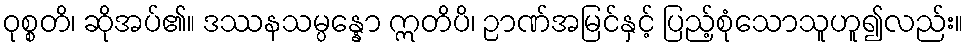
ဝုစ္စတိ၊ ဆိုအပ်၏။ ဒဿနသမ္ပန္နော ဣတိပိ၊ ဉာဏ်အမြင်နှင့် ပြည့်စုံသောသူဟူ၍လည်း။